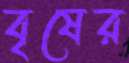
বৃষের